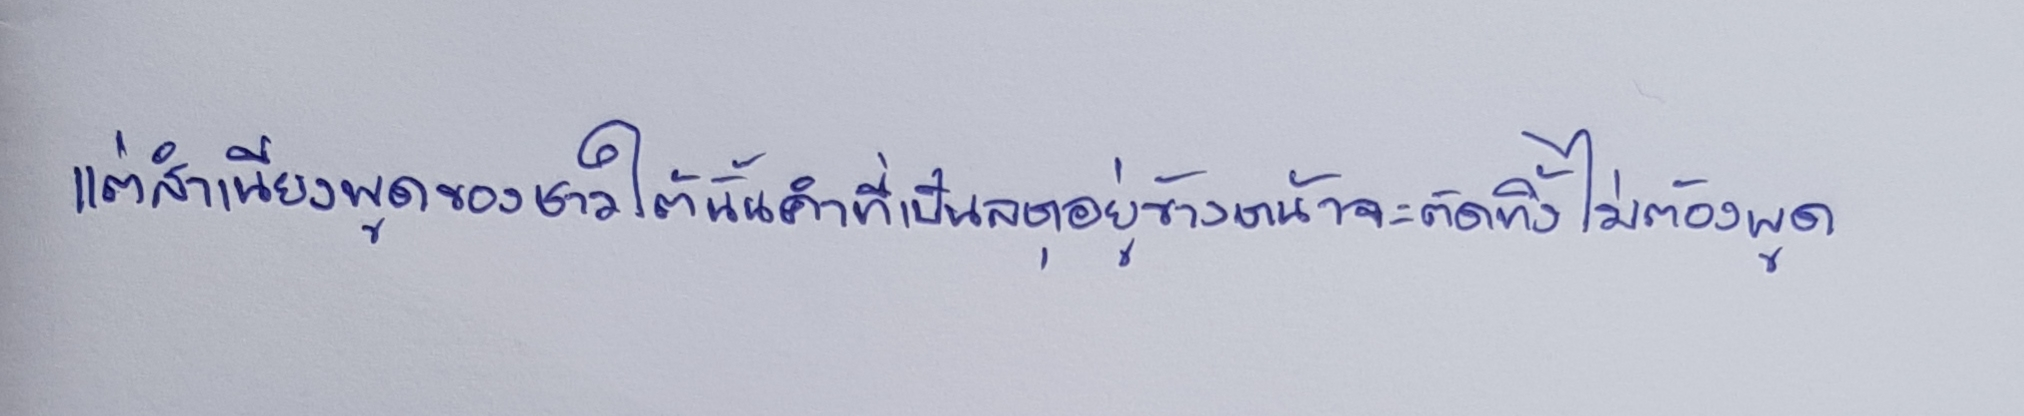
แต่สำเนียงพูดของชาวใต้นั้นคำที่เป็นลหุอยู่ข้างหน้าจะตัดทิ้งไม่ต้องพูด